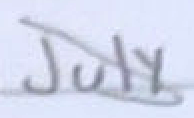
Text: July
Cross-out: diagonal
Writing tool: pencil